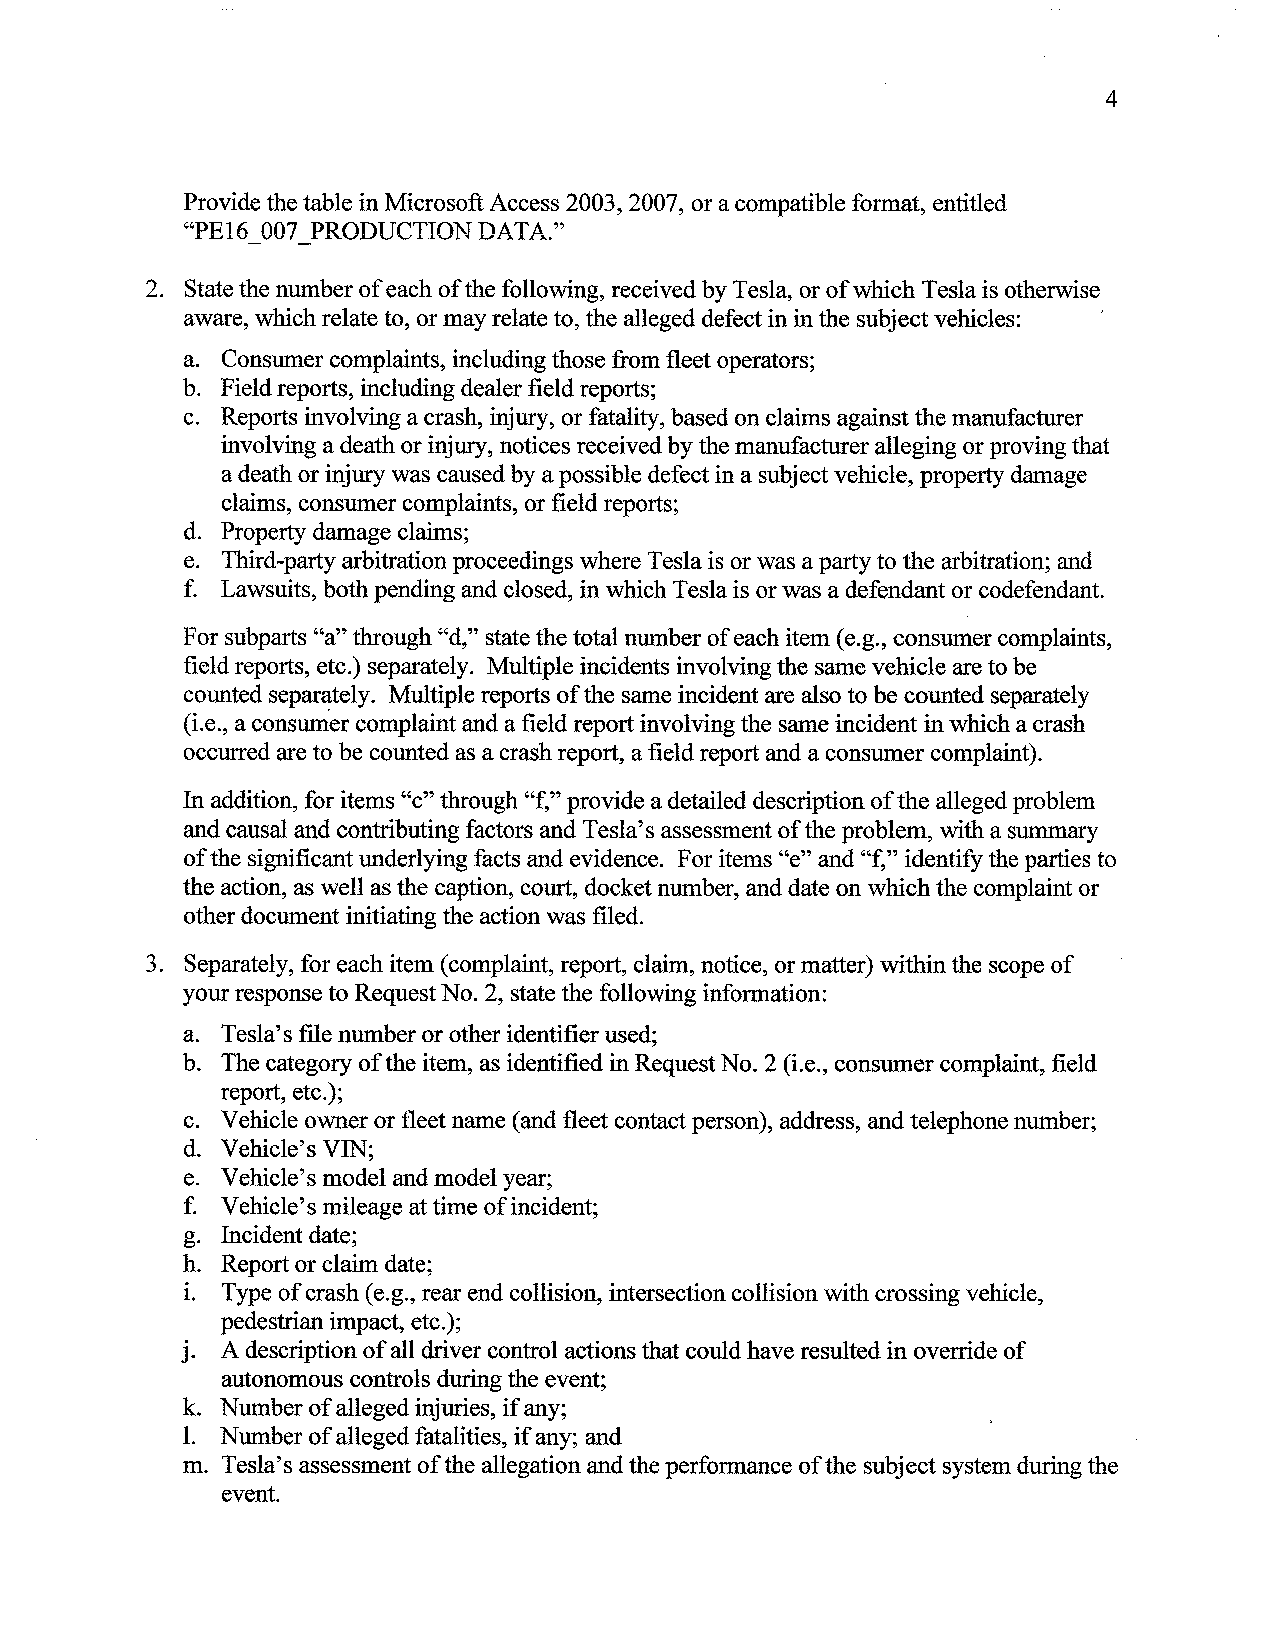
4
 Provide the table in Microsoft Access 2003, 2007, or a compatible format, entitled
 "PE16 007 PRODUCTION DATA."
 2. State the number of each of the following, received by Tesla, or of which Tesla is otherwise
 aware, which relate to, or may relate to, the alleged defect in in the subject vehicles:
 a. Consumer complaints, including those from fleet operators;
 b. Field reports, including dealer field reports;
 c. Reports involving a crash, injury, or fatality, based on claims against the manufacturer
 involving a death or injury, notices received by the manufacturer alleging or proving that
 a death or injury was caused by a possible defect in a subject vehicle, property damage
 claims, consumer complaints, or field reports;
 d. Property damage claims;
 e. Third-party arbitration proceedings where Tesla is or was a party to the arbitration; and
 f. Lawsuits, both pending and closed, in which Tesla is or was a defendant or codefendant.
 For subparts "a" through "d," state the total number of each item (e.g., consumer complaints,
 field reports, etc.) separately. Multiple incidents involving the same vehicle are to be
 counted separately. Multiple reports of the same incident are also to be counted separately
 (i.e., a consumer complaint and a field report involving the same incident in which a crash
 occurred are to be counted as a crash report, a field report and a consumer complaint).
 In addition, for items "c" through "f," provide a detailed description of the alleged problem
 and causal and contributing factors and Tesla's assessment of the problem, with a summary
 of the significant underlying facts and evidence. For items "e" and "f," identify the parties to
 the action, as well as the caption, court, docket number, and date on which the complaint or
 other document initiating the action was filed.
 3. Separately, for each item (complaint, report, claim, notice, or matter) within the scope of
 your response to Request No. 2, state the following information:
 a. Tesla's file number or other identifier used;
 b. The category of the item, as identified in Request No. 2 (i.e., consumer complaint, field
 report, etc.);
 c. Vehicle owner or fleet name (and fleet contact person), address, and telephone number;
 d. Vehicle's VIN;
 e. Vehicle's model and model year;
 f. Vehicle's mileage at time of incident;
 g. Incident date;
 h. Report or claim date;
 1. Type of crash (e.g., rear end collision, intersection collision with crossing vehicle,
 pedestrian impact, etc.);
 J. A description of all driver control actions that could have resulted in override of
 autonomous controls during the event;
 k. Number of alleged injuries, if any;
 1. Number of alleged fatalities, if any; and
 m. Tesla's assessment of the allegation and the performance of the subject system during the
 event.